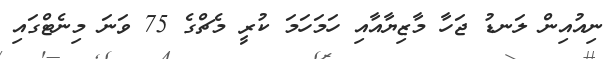
ނިއުއިން ލަނޑު ޖަހާ މާޒިޔާއާއި ހަމަހަމަ ކުރީ މެޗްގެ 75 ވަނަ މިނެޓްގައި